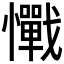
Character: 𢥇